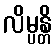
လိမ္ပန္တိ